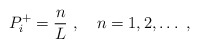
\begin{align*}P^+_i = \frac{n}{L} \ ,\quad n=1,2,\dots\ ,\end{align*}